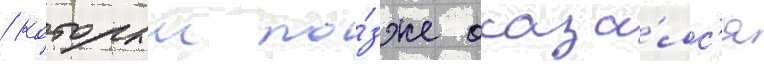
/ которыи по́зже оказа́лс'я